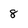
Character: 8